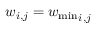
w _ { i , j } = { w _ { \mathrm { m i n } } } _ { i , j }